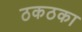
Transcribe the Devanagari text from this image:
ठकठका